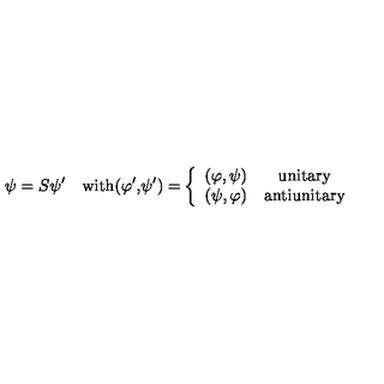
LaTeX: \psi = S \psi ^ { \prime \quad } \mathrm { w i t h ( } \varphi ^ { \prime } \mathrm { , } \psi ^ { \prime } \mathrm { ) = } \left\{ \begin{array} { c c } { ( \varphi , \psi ) } & { \mathrm { u n i t a r y } } \\ { ( \psi , \varphi ) } & { \mathrm { a n t i u n i t a r y } } \\ \end{array} \right.